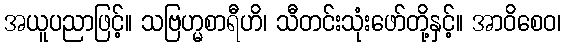
အယူပညာဖြင့်။ သဗြဟ္မစာရီဟိ၊ သီတင်းသုံးဖော်တို့နှင့်။ အာဝိစေဝ၊